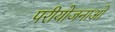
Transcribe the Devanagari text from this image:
परीयोजनाओ